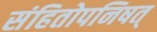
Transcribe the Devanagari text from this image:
संहितोपनिषत्